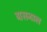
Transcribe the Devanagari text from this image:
ग्रसनाल